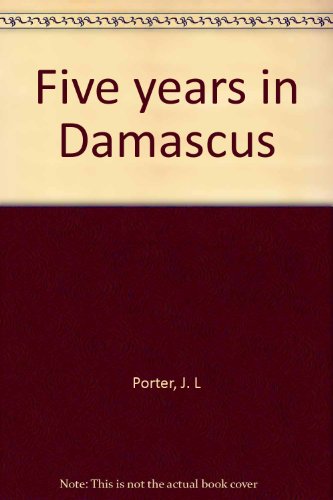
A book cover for Five years in Damascus; J. L Porter; Travel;